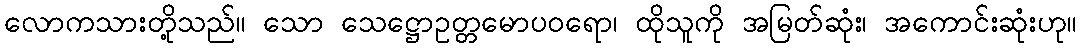
လောကသားတို့သည်။ သော သေဋ္ဌောဥတ္တမောပဝရော၊ ထိုသူကို အမြတ်ဆုံး၊ အကောင်းဆုံးဟု။